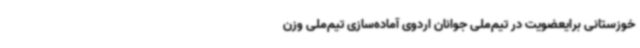
خوزستانی برایعضویت در تیم‌ملی جوانان اردوی آماده‌سازی تیم‌ملی وزن